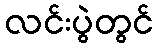
လင်းပွဲတွင်